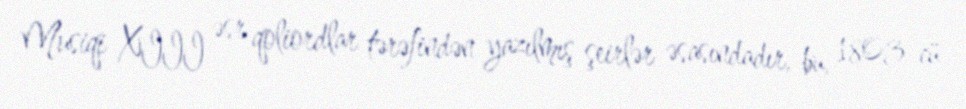
Musiqi XIII əsr qoliordlar tərəfindən yazılmış şeirlər əsasındadır, bu, 1803-cü